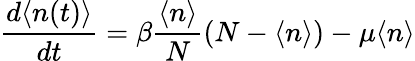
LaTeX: \frac{d\langle n(t)\rangle}{dt}=\beta\frac{\langle n\rangle}{N}(N-\langle n\rangle)-\mu\langle n\rangle